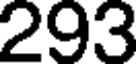
293